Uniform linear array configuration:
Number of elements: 24
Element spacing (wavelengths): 0.25
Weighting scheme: binomial
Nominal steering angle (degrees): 60
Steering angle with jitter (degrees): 58.347
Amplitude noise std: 0.05
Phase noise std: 0.05

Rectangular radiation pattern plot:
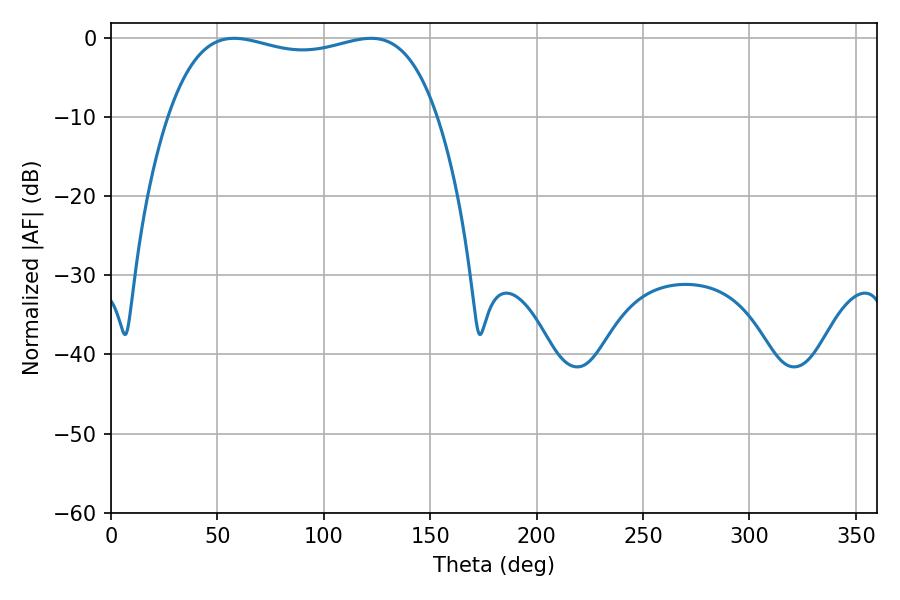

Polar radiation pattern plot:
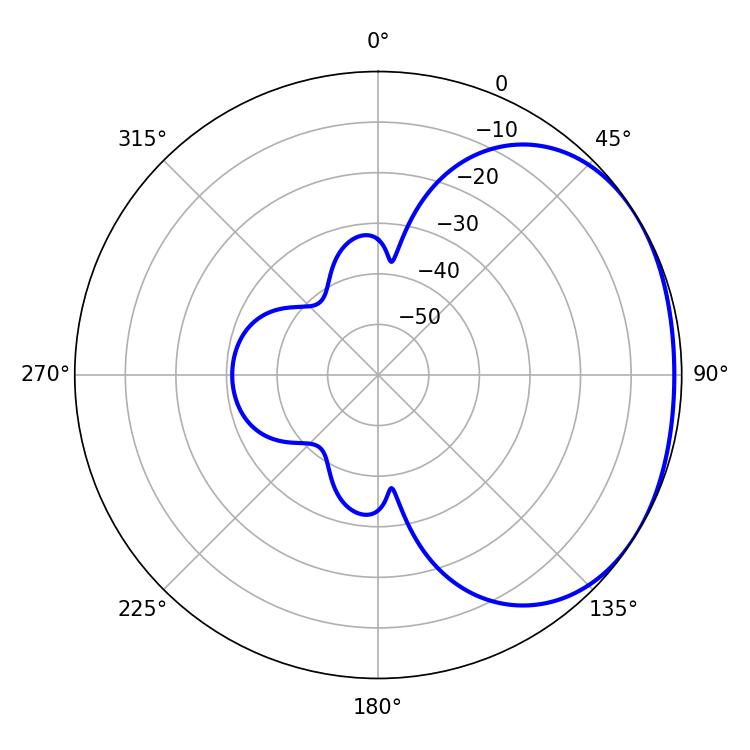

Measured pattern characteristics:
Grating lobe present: FALSE
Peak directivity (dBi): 1.621
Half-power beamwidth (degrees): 102.24
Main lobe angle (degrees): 57.78